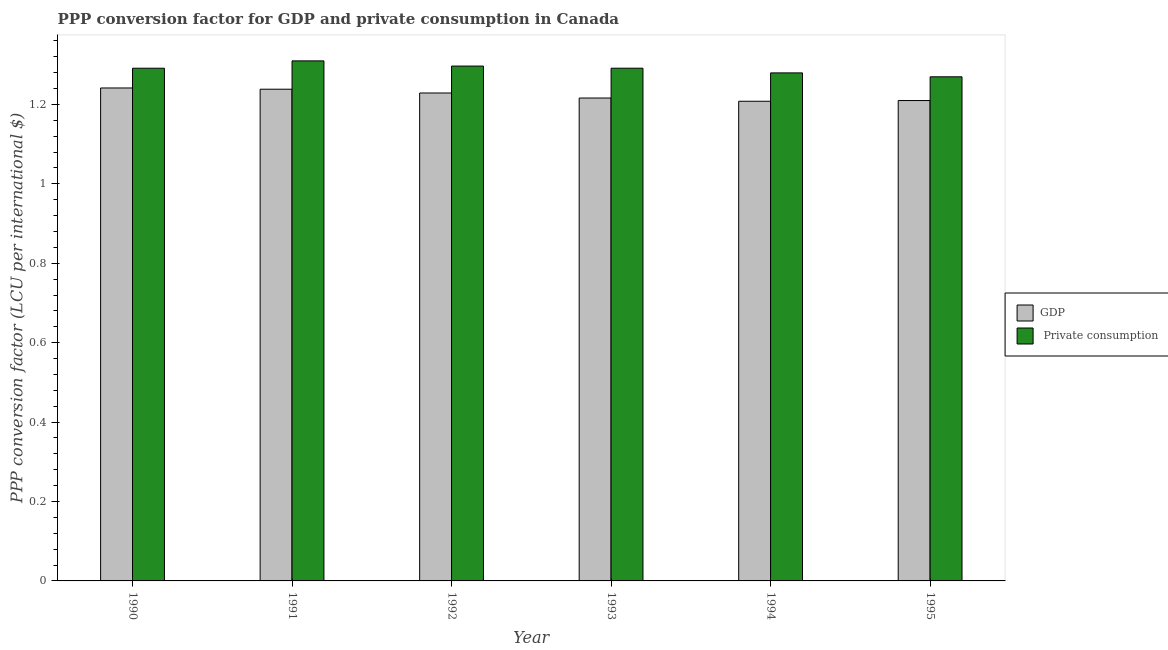
| Year | GDP |  Private consumption |
 | --- | --- | --- |
 | 1990 | 1.24 | 1.29 |
 | 1991 | 1.24 | 1.31 |
 | 1992 | 1.23 | 1.3 |
 | 1993 | 1.22 | 1.29 |
 | 1994 | 1.21 | 1.28 |
 | 1995 | 1.21 | 1.27 |